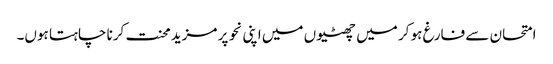
امتحان سے فارغ ہو کر میں چھٹیوں میں اپنی نحو پر مزید محنت کرنا چاہتا ہوں۔